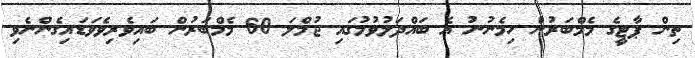
ތިން ޕާޓީގެ މެމްބަރުން ހިމެނުނު އެ ބައްދަލުވުމުގައި ޖުމްލަ 60 މެމްބަރުން ބައިވެރިވެވަޑައިގެންނެވި